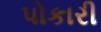
પોકારી